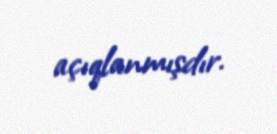
açıqlanmışdır.